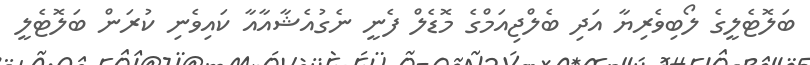
ބަލޮޓެލީގެ ލޯބިވެރިޔާ އަދި ބެލްޖިއަމްގެ މޮޑެލް ފެނީ ނެގުއެޝާއާއާ ކައިވެނި ކުރަން ބަލޮޓެލީ